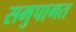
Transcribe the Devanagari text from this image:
समुपागत